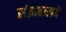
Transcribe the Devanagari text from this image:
संग्राहालये